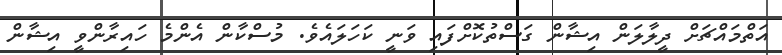
އަތްމައްޗަށް ދީލާލަން އިޝާން ގަސްތުކޮށްފައި ވަނީ ކަހަލައެވެ. މުސްކާން އެންމެ ހައިރާންވީ އިޝާން